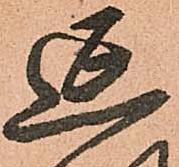
延